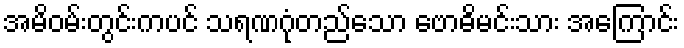
အမိဝမ်းတွင်းကပင် သရဏဂုံတည်သော ဗောဓိမင်းသား အကြောင်း